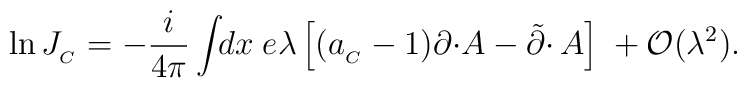
\ln J_{_C}=-\frac{i}{4\pi}\int\!\!dx\;e\lambda\left[(a_{_C}-1)\partial\cdotp\!A -\tilde\partial\cdotp A\right]\;+{\cal O}(\lambda^2).